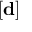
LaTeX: [ \mathbf { d } ]